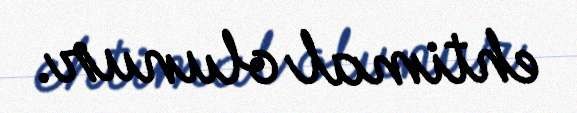
ehtimal olunur.